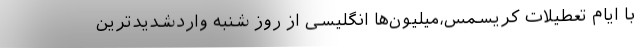
با ایام تعطیلات کریسمس،میلیون‌ها انگلیسی از روز شنبه واردشدیدترین